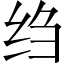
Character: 绉